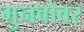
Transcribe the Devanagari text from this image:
गुनबोवर